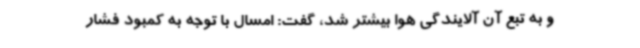
و به تبع آن آلایندگی هوا بیشتر شد، گفت: امسال با توجه به کمبود فشار